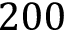
2 0 0